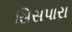
સિસપારા